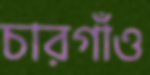
চারগাঁও